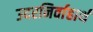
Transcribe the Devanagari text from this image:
उदरनिर्वाहार्थ